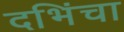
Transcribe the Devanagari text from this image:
दभिंचा